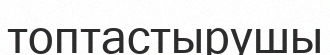
топтастырушы